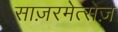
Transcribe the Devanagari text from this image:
साज़रमेत्सेज़